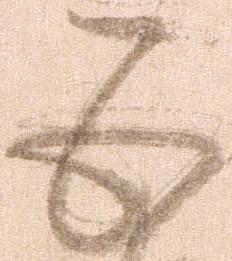
五